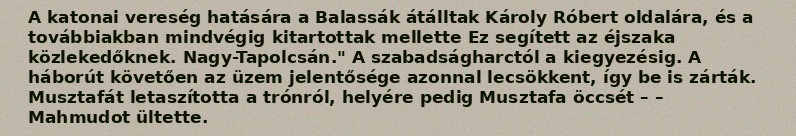
A katonai vereség hatására a Balassák átálltak Károly Róbert oldalára, és a továbbiakban mindvégig kitartottak mellette Ez segített az éjszaka közlekedőknek. Nagy-Tapolcsán." A szabadságharctól a kiegyezésig. A háborút követően az üzem jelentősége azonnal lecsökkent, így be is zárták. Musztafát letaszította a trónról, helyére pedig Musztafa öccsét – – Mahmudot ültette.